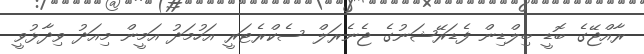
ރާއްޖޭގެ ބޮޑީ ބިލްޑިން ފެޑަރޭޝަނުގެ ޖެނެރަލް ސެކްރެޓަރީ އަހުމަދު އަމީން މިއަދު ވިދާޅުވީ